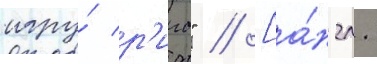
игру́ р'иго" // [а́нгл.